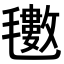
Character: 𭯫